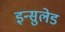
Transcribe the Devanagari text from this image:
इन्सुलेड